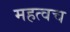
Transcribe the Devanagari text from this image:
महत्वच